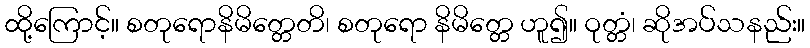
ထို့ကြောင့်။ စတုရောနိမိတ္တေတိ၊ စတုရော နိမိတ္တေ ဟူ၍။ ဝုတ္တံ၊ ဆိုအပ်သနည်း။